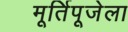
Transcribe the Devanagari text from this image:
मूर्तिपूजेला